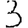
Digit: 3